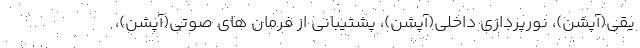
یقی(آپشن)، نورپردازی داخلی(آپشن)، پشتیبانی از فرمان های صوتی(آپشن)،